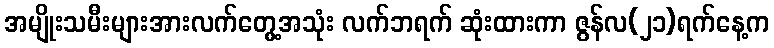
အမျိုးသမီးများအားလက်တွေ့အသုံး လက်ဘရက် ဆုံးထားကာ ဇွန်လ(၂၁)ရက်နေ့က